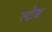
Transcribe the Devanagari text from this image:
स्टेब